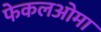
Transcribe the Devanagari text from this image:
फेकलओमा